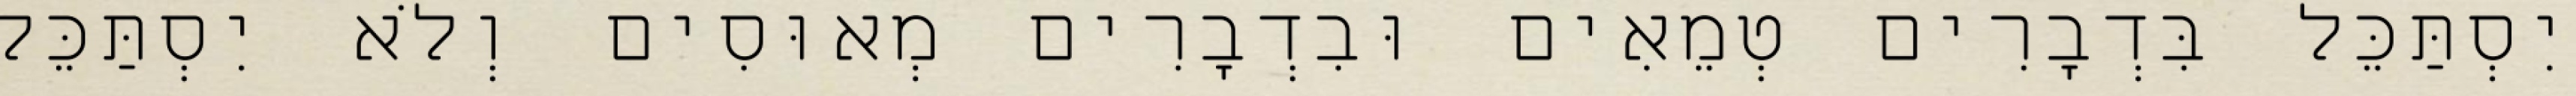
יִסְתַּכֵּל בִּדְבָרִים טְמֵאִים וּבִדְבָרִים מְאוּסִים וְלֹא יִסְתַּכֵּל